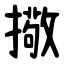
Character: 擏